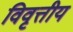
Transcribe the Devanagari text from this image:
विवृत्तीय